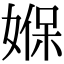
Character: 媬